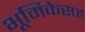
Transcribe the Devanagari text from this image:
भूमिकेसह